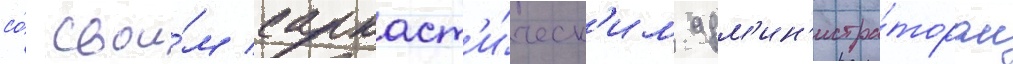
со́ свои́м саркаст'и́ческ'им адм'ин'истра́тором